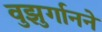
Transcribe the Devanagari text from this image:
वुझुर्गानने